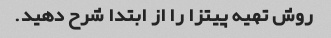
روش تهیه پیتزا را از ابتدا شرح دهید.